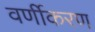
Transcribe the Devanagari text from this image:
वर्णीकरण